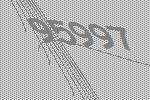
95997